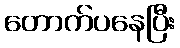
တောက်ပနေပြီး